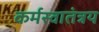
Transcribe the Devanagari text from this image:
कर्मस्वातंत्रय